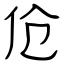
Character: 伧